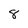
Character: 8